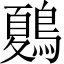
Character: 𪄂